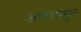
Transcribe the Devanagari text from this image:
अयोध्येहुन